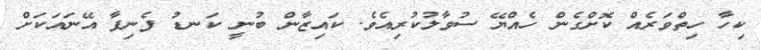
ކިހާ ހިތްވަރެއް ކޮށްގެން ހެއްޔޭ ސުވާލުކުރިއެވެ. ކައިޒާން ބުނީ ކަނޑު ފެނިފާ އޭނައަކަށް